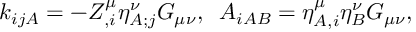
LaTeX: k _ { i j A } = - { \cal Z } _ { , i } ^ { \mu } { \eta } _ { A ; j } ^ { \nu } { \cal G } _ { \mu \nu } , \; \; A _ { i A B } = \eta _ { A , i } ^ { \mu } \eta _ { B } ^ { \nu } { \cal G } _ { \mu \nu } ,